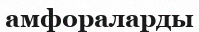
амфораларды